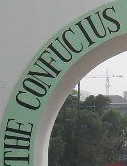
THE CONFUCIUS